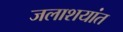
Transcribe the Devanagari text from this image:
जलाशयांत